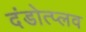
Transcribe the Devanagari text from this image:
दंडोत्प्लव